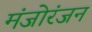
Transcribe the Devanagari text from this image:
मंजोरंजन